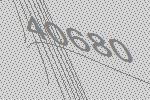
40680